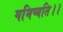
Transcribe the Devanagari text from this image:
गमिष्यति।।